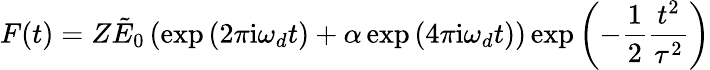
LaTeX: F(t)=Z\tilde{E}_{0}\left(\exp{(2\pi\mathrm{i}\omega_{d}t)}+\alpha\exp{(4\pi\mathrm{i}\omega_{d}t)}\right)\exp{\left(-\frac{1}{2}\frac{t^{2}}{\tau^{2}}\right)}